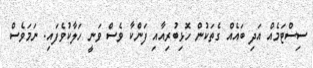
ސިސްޓަމެއް އަދި ބައެއް ގެތަކުން ހޮޅިބުރިއާއި ފަންކާ ވެސް ވަނީ ހަލާކުވެފައި. ނަމަވެސް